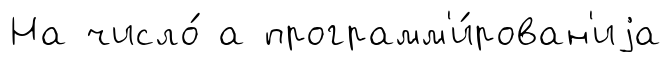
На число́ а программ'и́рован'иjа